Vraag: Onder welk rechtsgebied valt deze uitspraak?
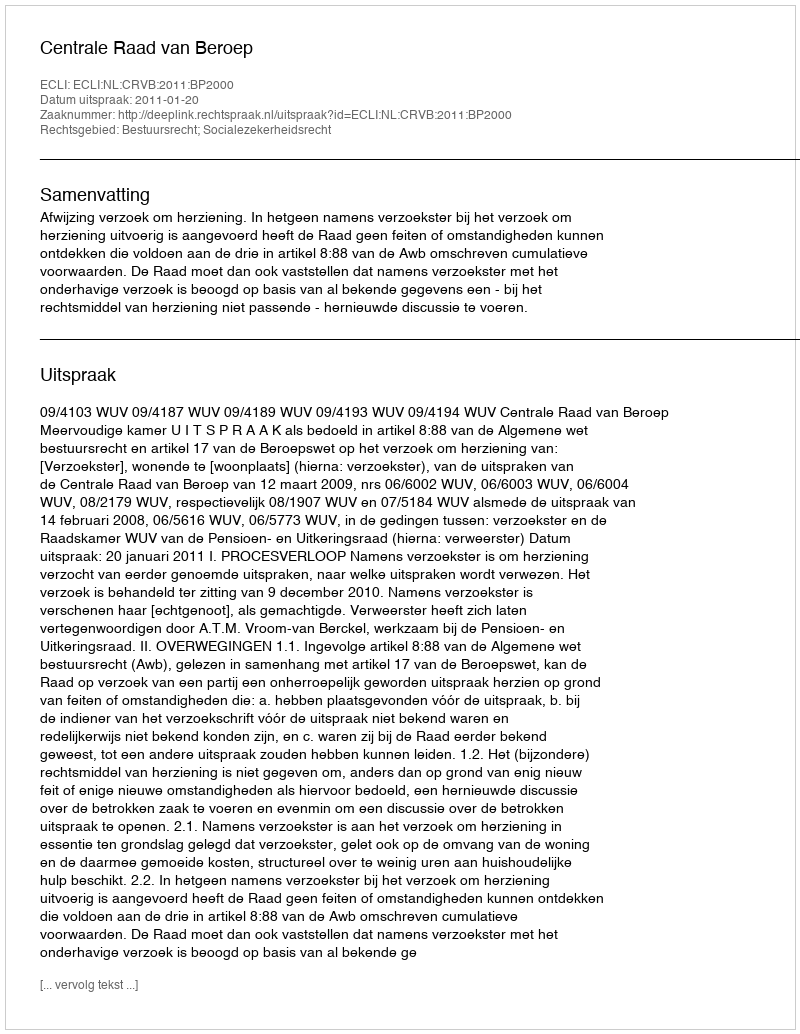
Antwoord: Bestuursrecht; Socialezekerheidsrecht